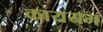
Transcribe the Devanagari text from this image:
काययम